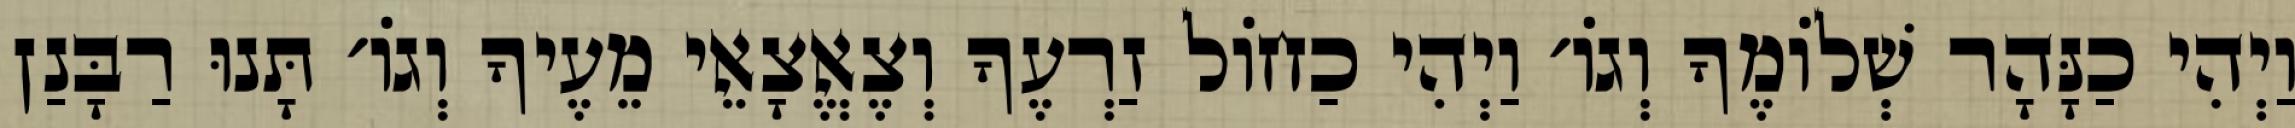
וַיְהִי כַנָּהָר שְׁלוֹמֶךָ וְגוֹ׳ וַיְהִי כַחוֹל זַרְעֶךָ וְצֶאֱצָאֵי מֵעֶיךָ וְגוֹ׳ תָּנוּ רַבָּנַן